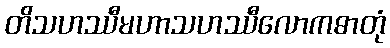
တိသဟဿီမဟာသဟဿီလောကဓာတုံ